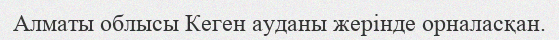
Алматы облысы Кеген ауданы жерінде орналасқан.